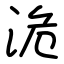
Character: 洈